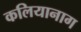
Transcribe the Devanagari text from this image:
कलियानाग